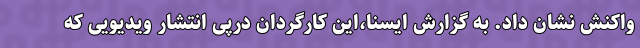
واکنش نشان داد. به گزارش ایسنا،این کارگردان درپی انتشار ویدیویی که